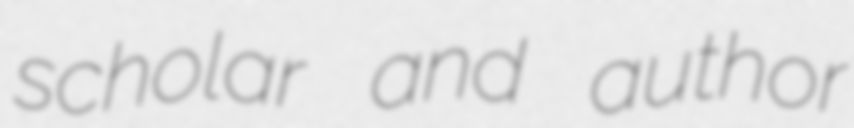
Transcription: scholar and author